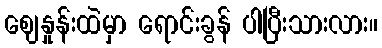
ဈေနှုန်းထဲမှာ ရောင်းခွန် ပါပြီးသားလား။